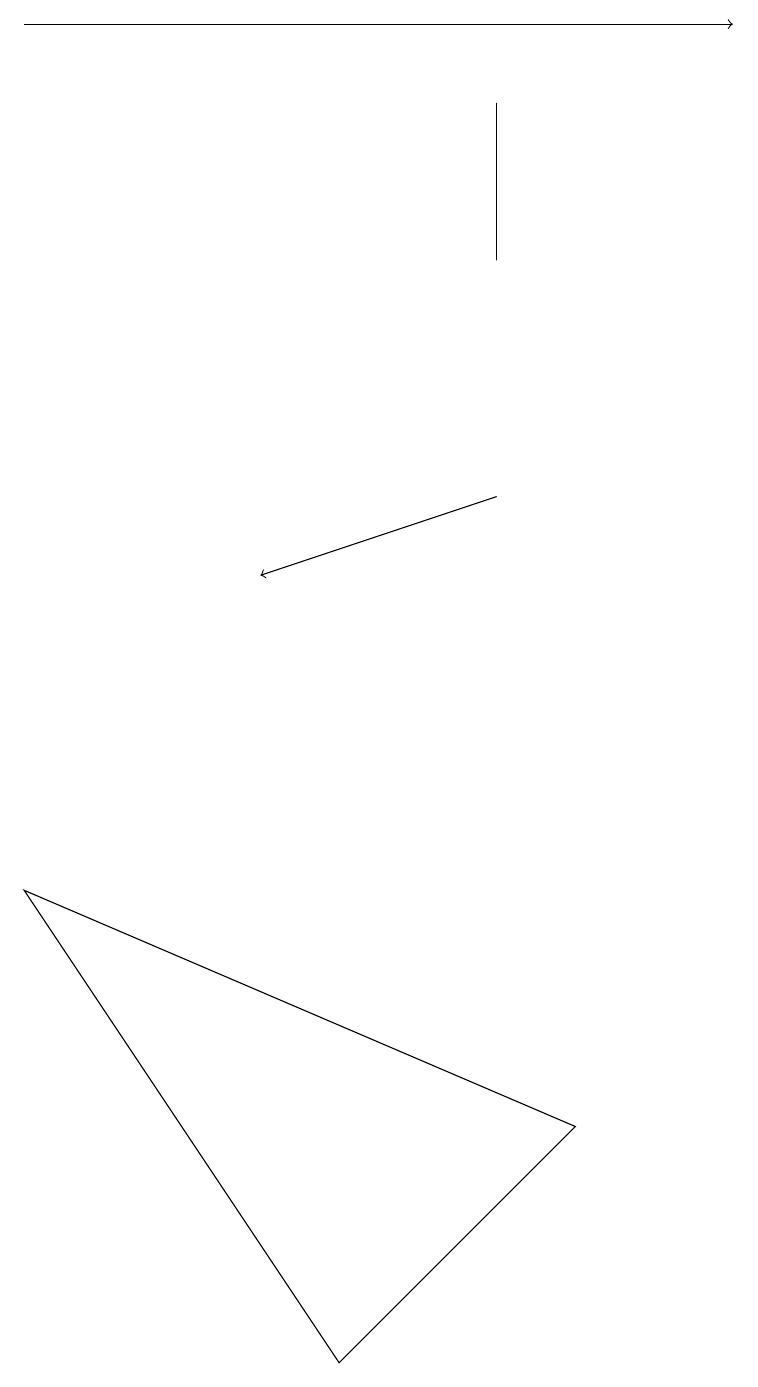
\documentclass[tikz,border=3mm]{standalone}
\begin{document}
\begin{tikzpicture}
\draw (6,18) rectangle (6,16);
\draw[->] (0,19) -- (9,19);
\draw (0,8) -- (7,5) -- (4,2) -- cycle;
\draw[->] (6,13) -- (3,12);
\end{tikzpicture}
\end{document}